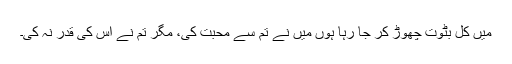
میں کل بٹوت چھوڑ کر جا رہا ہوں میں نے تم سے محبت کی، مگر تم نے اس کی قدر نہ کی۔